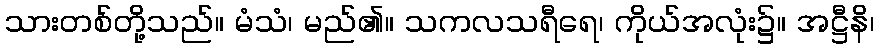
သားတစ်တို့သည်။ မံသံ၊ မည်၏။ သကလသရီရေ၊ ကိုယ်အလုံး၌။ အဋ္ဌီနိ၊